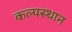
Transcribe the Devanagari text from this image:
कल्पस्थान